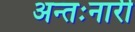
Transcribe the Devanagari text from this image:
अन्तःनारी